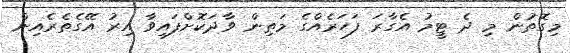
މިގޮތުން މި ދެ ޓީމު އެގާރަ ފަހަރެއްގެ މަތިން ވާދަކޮށްފައިވާ އިރު އޭގެތެރެއިން